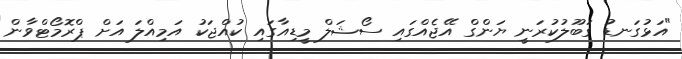
"އަޅުގަނޑު ގަބޫލުކުރަނީ ޔަންގް އޭޖެއްގައި ސޯޝަލް މީޑިއާގައި ކުއްޖަކު އަމިއްލަ އަށް ޕްރޮމޯޓްވާން